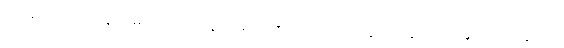
၁၆။ ဆယ်ပါးရယ်ဘွယ်၊ မှတ်ကြောင်းသွယ်ပိမ့်၊ ဉာဏ်ကျယ်ပါလျက်၊ ပွဲလယ်ချက်ဝယ်၊ နုတ်ထွက်ယွင်းပါး၊